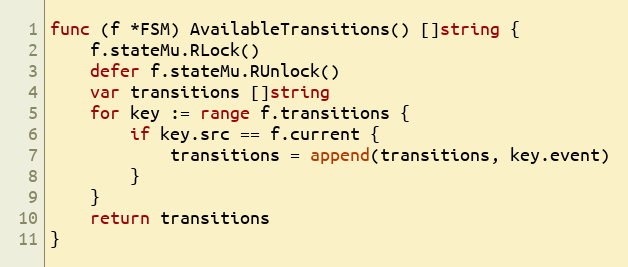
Language: Go
func (f *FSM) AvailableTransitions() []string {
	f.stateMu.RLock()
	defer f.stateMu.RUnlock()
	var transitions []string
	for key := range f.transitions {
		if key.src == f.current {
			transitions = append(transitions, key.event)
		}
	}
	return transitions
}